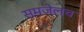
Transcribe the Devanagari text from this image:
समजेलच